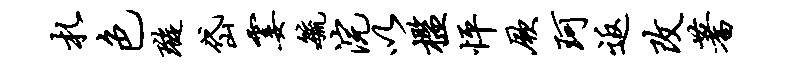
札色璇岱霎毓浣以槛怦厥珂返改蓍